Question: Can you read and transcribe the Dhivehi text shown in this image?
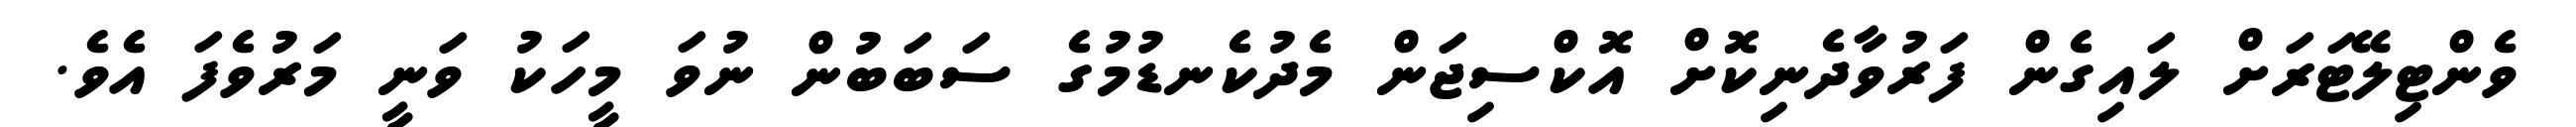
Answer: ވެންޓިލޭޓަރަށް ލައިގެން ފަރުވާދެނިކޮށް އޮކްސިޖަން މެދުކެނޑުމުގެ ސަބަބުން ނުވަ މީހަކު ވަނީ މަރުވެފަ އެވެ.